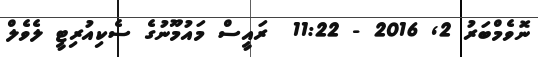
ނޮވެމްބަރު 2